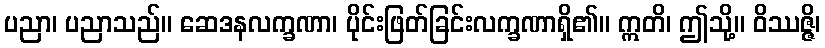
ပညာ၊ ပညာသည်။ ဆေဒနလက္ခဏာ၊ ပိုင်းဖြတ်ခြင်းလက္ခဏာရှိ၏။ ဣတိ၊ ဤသို့။ ဝိဿဇ္ဇိ၊